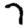
Digit: 7